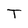
Character: T